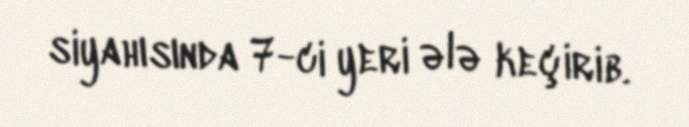
siyahısında 7-ci yeri ələ keçirib.